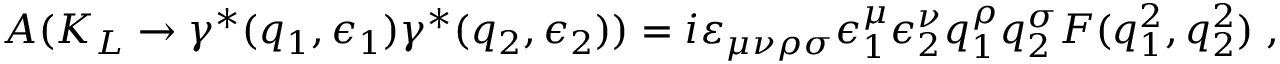
A ( K _ { L } \to \gamma ^ { \ast } ( q _ { 1 } , \epsilon _ { 1 } ) \gamma ^ { \ast } ( q _ { 2 } , \epsilon _ { 2 } ) ) = i \varepsilon _ { \mu \nu \rho \sigma } \epsilon _ { 1 } ^ { \mu } \epsilon _ { 2 } ^ { \nu } q _ { 1 } ^ { \rho } q _ { 2 } ^ { \sigma } F ( q _ { 1 } ^ { 2 } , q _ { 2 } ^ { 2 } ) \; ,